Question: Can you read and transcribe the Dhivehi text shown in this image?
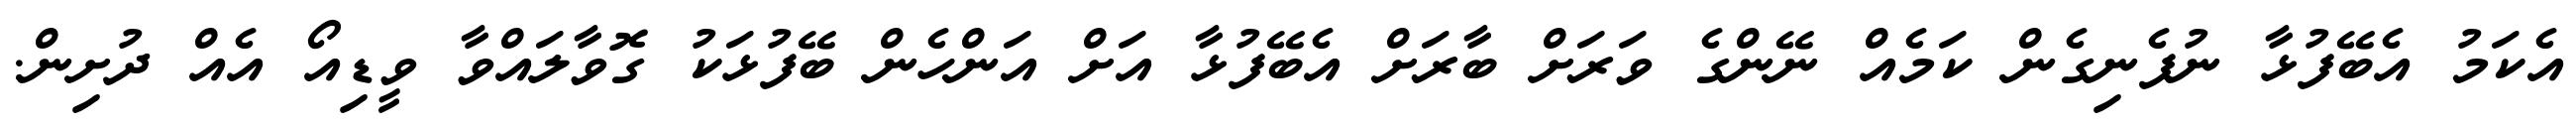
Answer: އެކަމު އެބޭފުޅާ ނުފެނިގެން ކަމެއް ނޭންގެ ވަރަށް ބާރަށް އެބޭފުޅާ އަށް އަންހެން ބޭފުޅަކު ގޮވާލައްވާ ވީޑިއޯ އެއް ދުށިން.